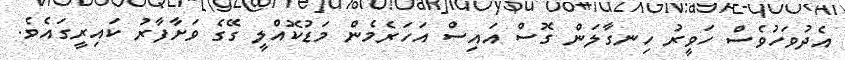
އެދުވަހުވެސް ހަވީރު ހިނގާލަން ގޮސް އައިސް އަހަރެމެން މަޑުކޮއްލީ ގޭގެ ވަށާފާރު ކައިރީގައެވެ.